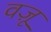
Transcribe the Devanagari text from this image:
वज़ू